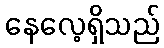
နေလေ့ရှိသည်